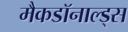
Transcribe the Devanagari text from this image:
मैकडॉनाल्ड्स